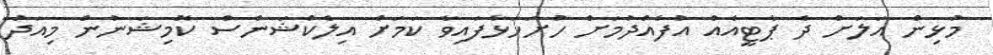
މުޅިން އަލަށް ދެ ޕާޓީއެއް އުފެއްދުމަށް ހުށަހަޅާފައިވާ ކަމަށް އިލެކްޝަންސް ކޮމިޝަނުން މިއަދު